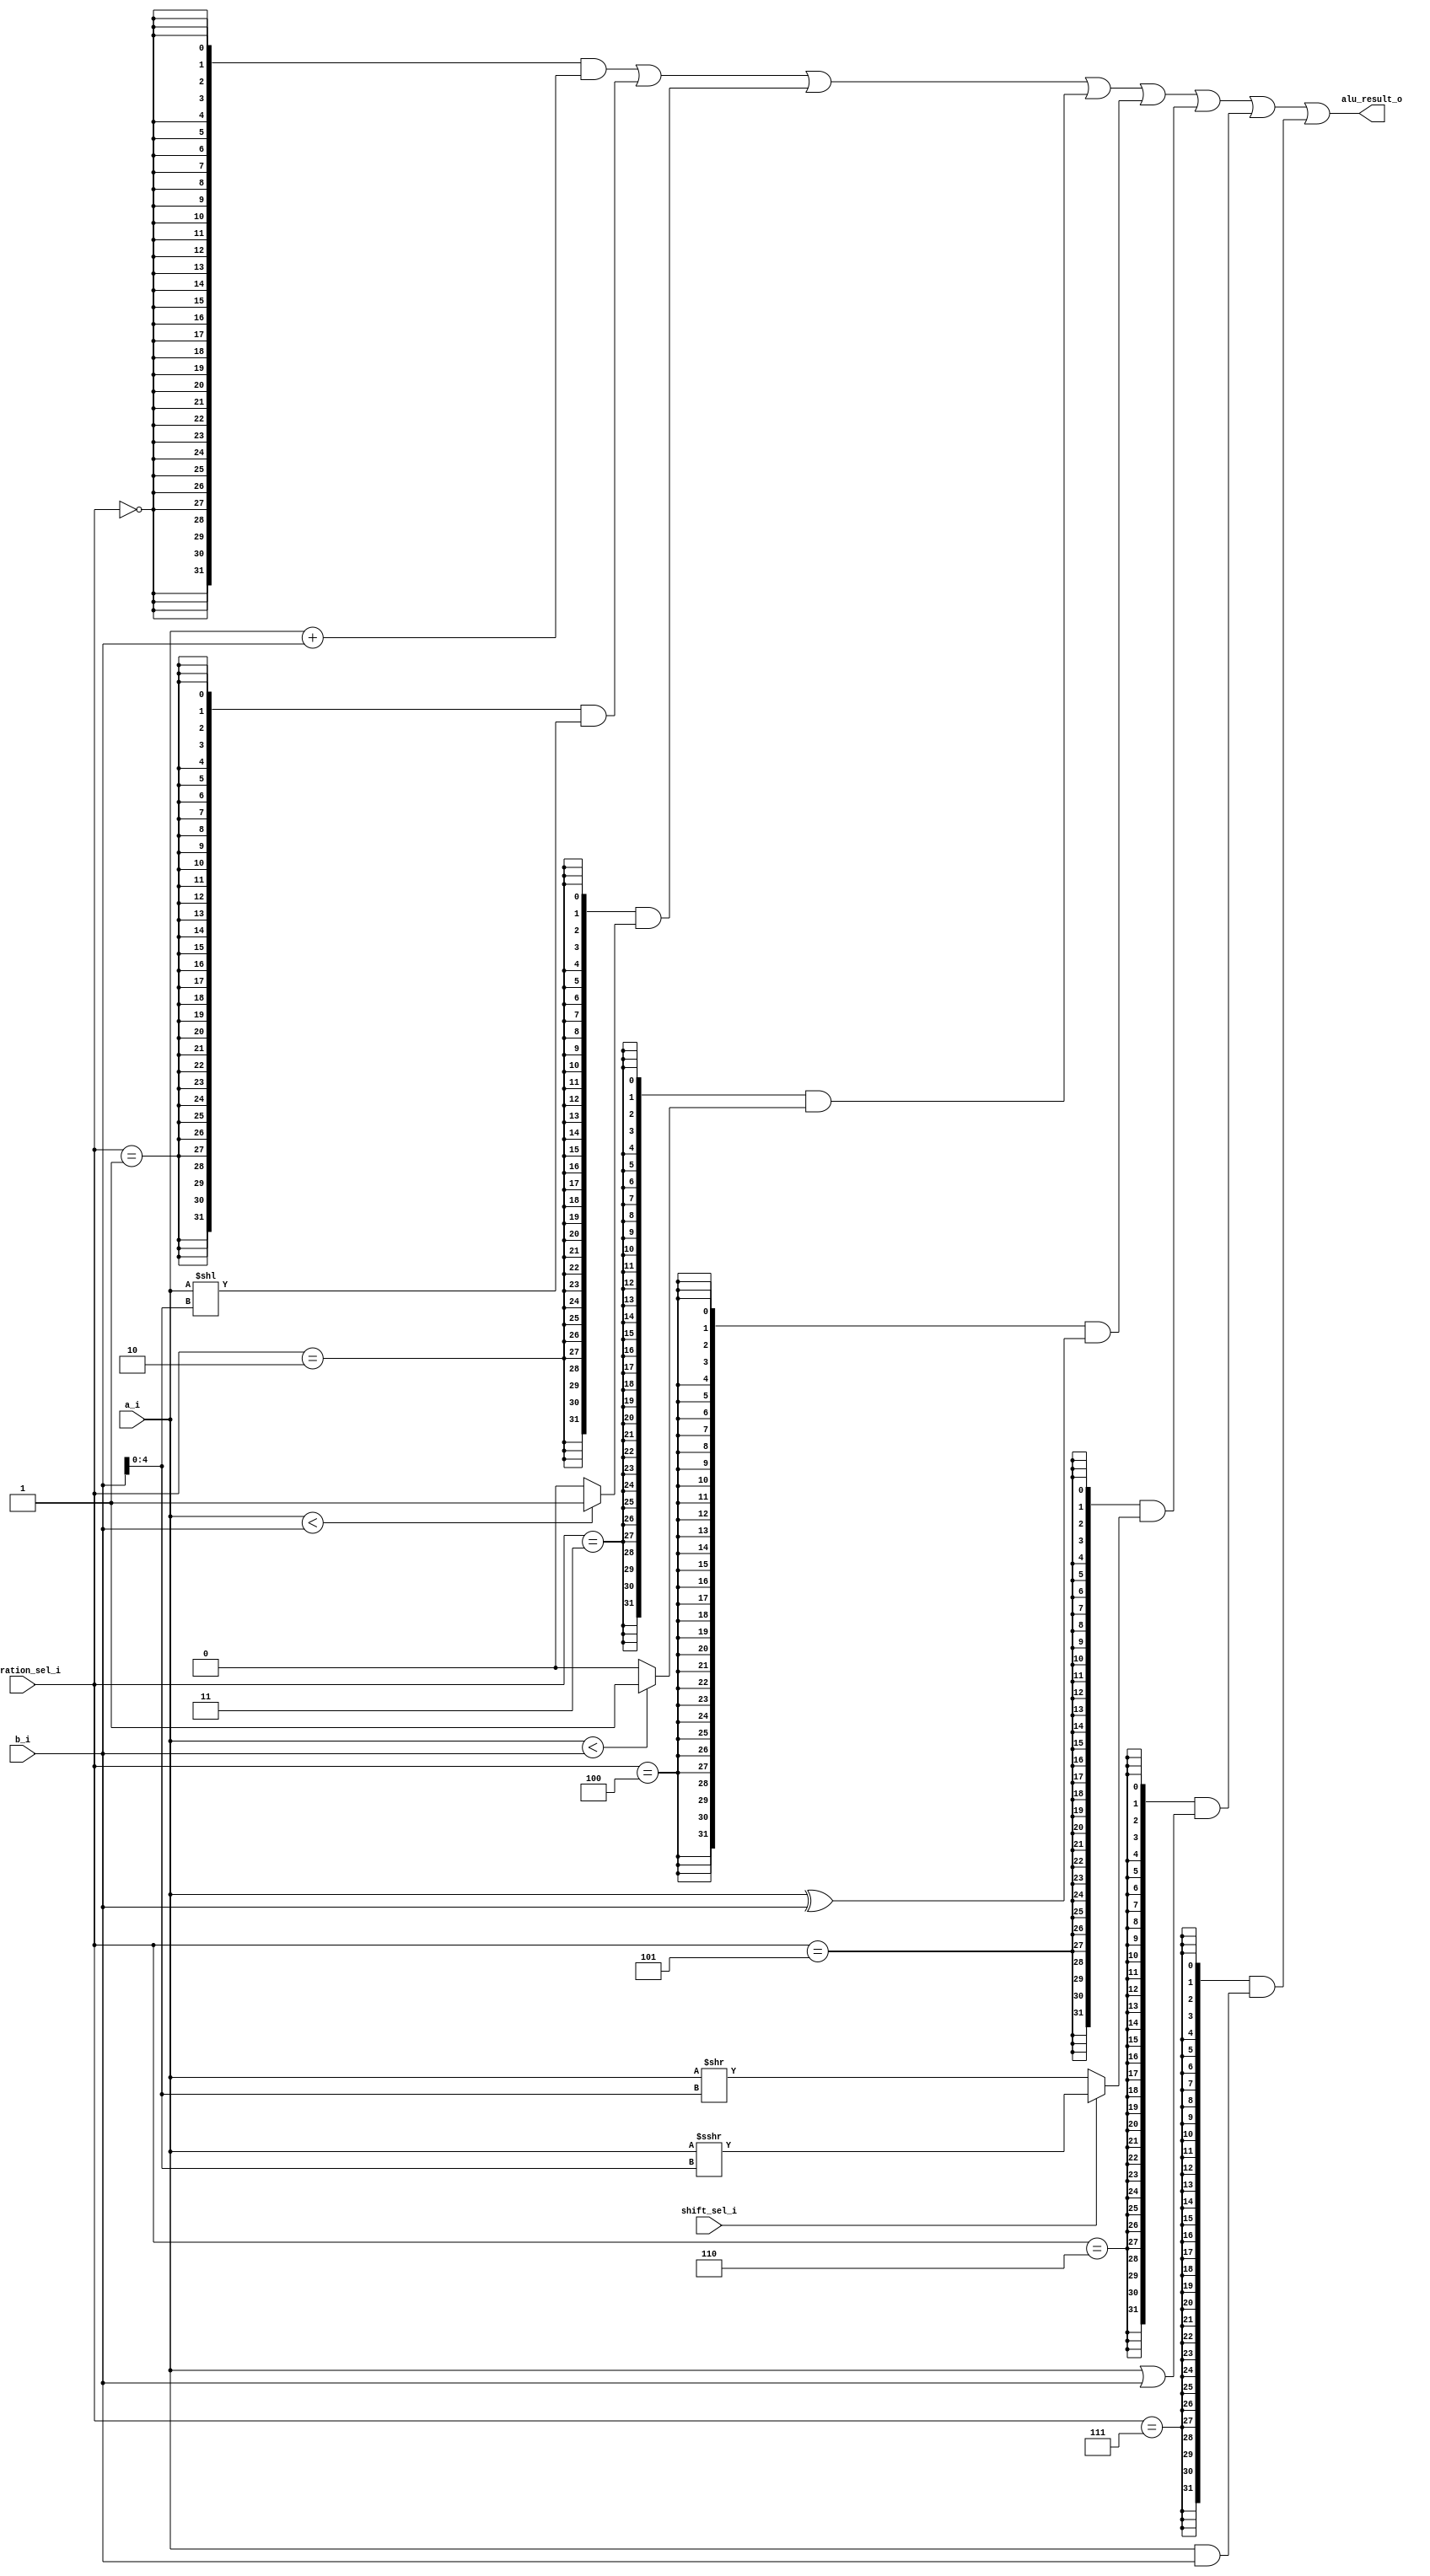
module alu #(parameter XLEN = 32)
(
    input  [XLEN-1 : 0] a_i,
    input  [XLEN-1 : 0] b_i,             // shift amount
    input  [ 2 : 0]     operation_sel_i,
    input               shift_sel_i,     // arith. or logical shift
    output [XLEN-1 : 0] alu_result_o
);

wire [XLEN-1 : 0] ones;

wire [XLEN-1 : 0] result_add, result_sll, result_slt, result_sltu;
wire [XLEN-1 : 0] result_xor, result_sr, result_or, result_and;

wire operation_add, operation_sll, operation_slt, operation_sltu;
wire operation_xor, operation_sr, operation_or, operation_and;

assign result_add = a_i + b_i;                                    // add
assign result_sll = a_i << b_i[4:0];                              // sll
assign result_slt = ($signed(a_i) < $signed(b_i)) ? 1 : 0;        // slt
assign result_sltu = (a_i < b_i) ? 1 : 0;                         // sltu
assign result_xor = a_i ^ b_i;                                    // xor
assign result_sr = shift_sel_i? ($signed(a_i) >>> b_i[4:0]) : ($signed(a_i) >> b_i[4:0]); // sra, srl
assign result_or = a_i | b_i;                                     // or
assign result_and = a_i & b_i;                                    // and

assign operation_add  = (operation_sel_i == 3'b000);
assign operation_sll  = (operation_sel_i == 3'b001);
assign operation_slt  = (operation_sel_i == 3'b010);
assign operation_sltu = (operation_sel_i == 3'b011);
assign operation_xor  = (operation_sel_i == 3'b100);
assign operation_sr   = (operation_sel_i == 3'b101);
assign operation_or   = (operation_sel_i == 3'b110);
assign operation_and  = (operation_sel_i == 3'b111);

assign alu_result_o =
       (    {XLEN{operation_add }} & result_add  )
       | (  {XLEN{operation_sll }} & result_sll  )
       | (  {XLEN{operation_slt }} & result_slt  )
       | (  {XLEN{operation_sltu}} & result_sltu )
       | (  {XLEN{operation_xor }} & result_xor  )
       | (  {XLEN{operation_sr  }} & result_sr   )
       | (  {XLEN{operation_or  }} & result_or   )
       | (  {XLEN{operation_and }} & result_and  );

endmodule